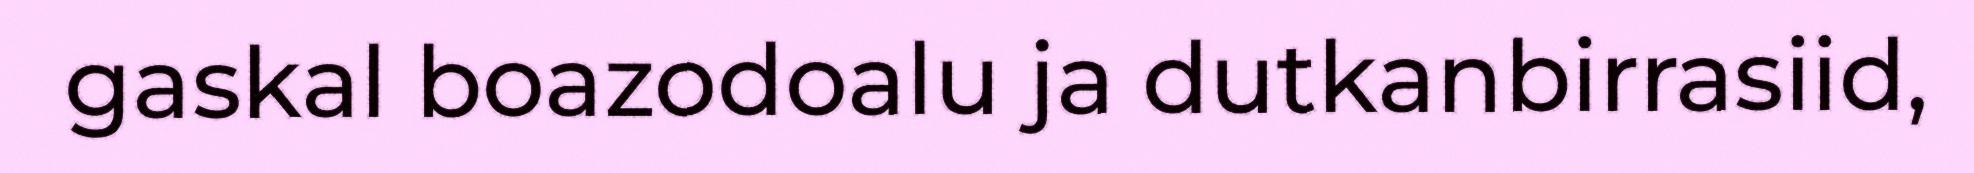
gaskal boazodoalu ja dutkanbirrasiid,